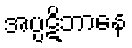
အပ္ပဋိဘာနေ